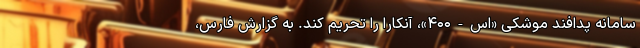
سامانه پدافند موشکی «اس-۴۰۰»، آنکارا را تحریم کند. به گزارش فارس،